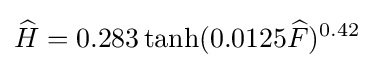
{\widehat {H}}=0.283\tanh(0.0125{\widehat {F}})^{0.42}